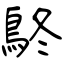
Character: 鴤